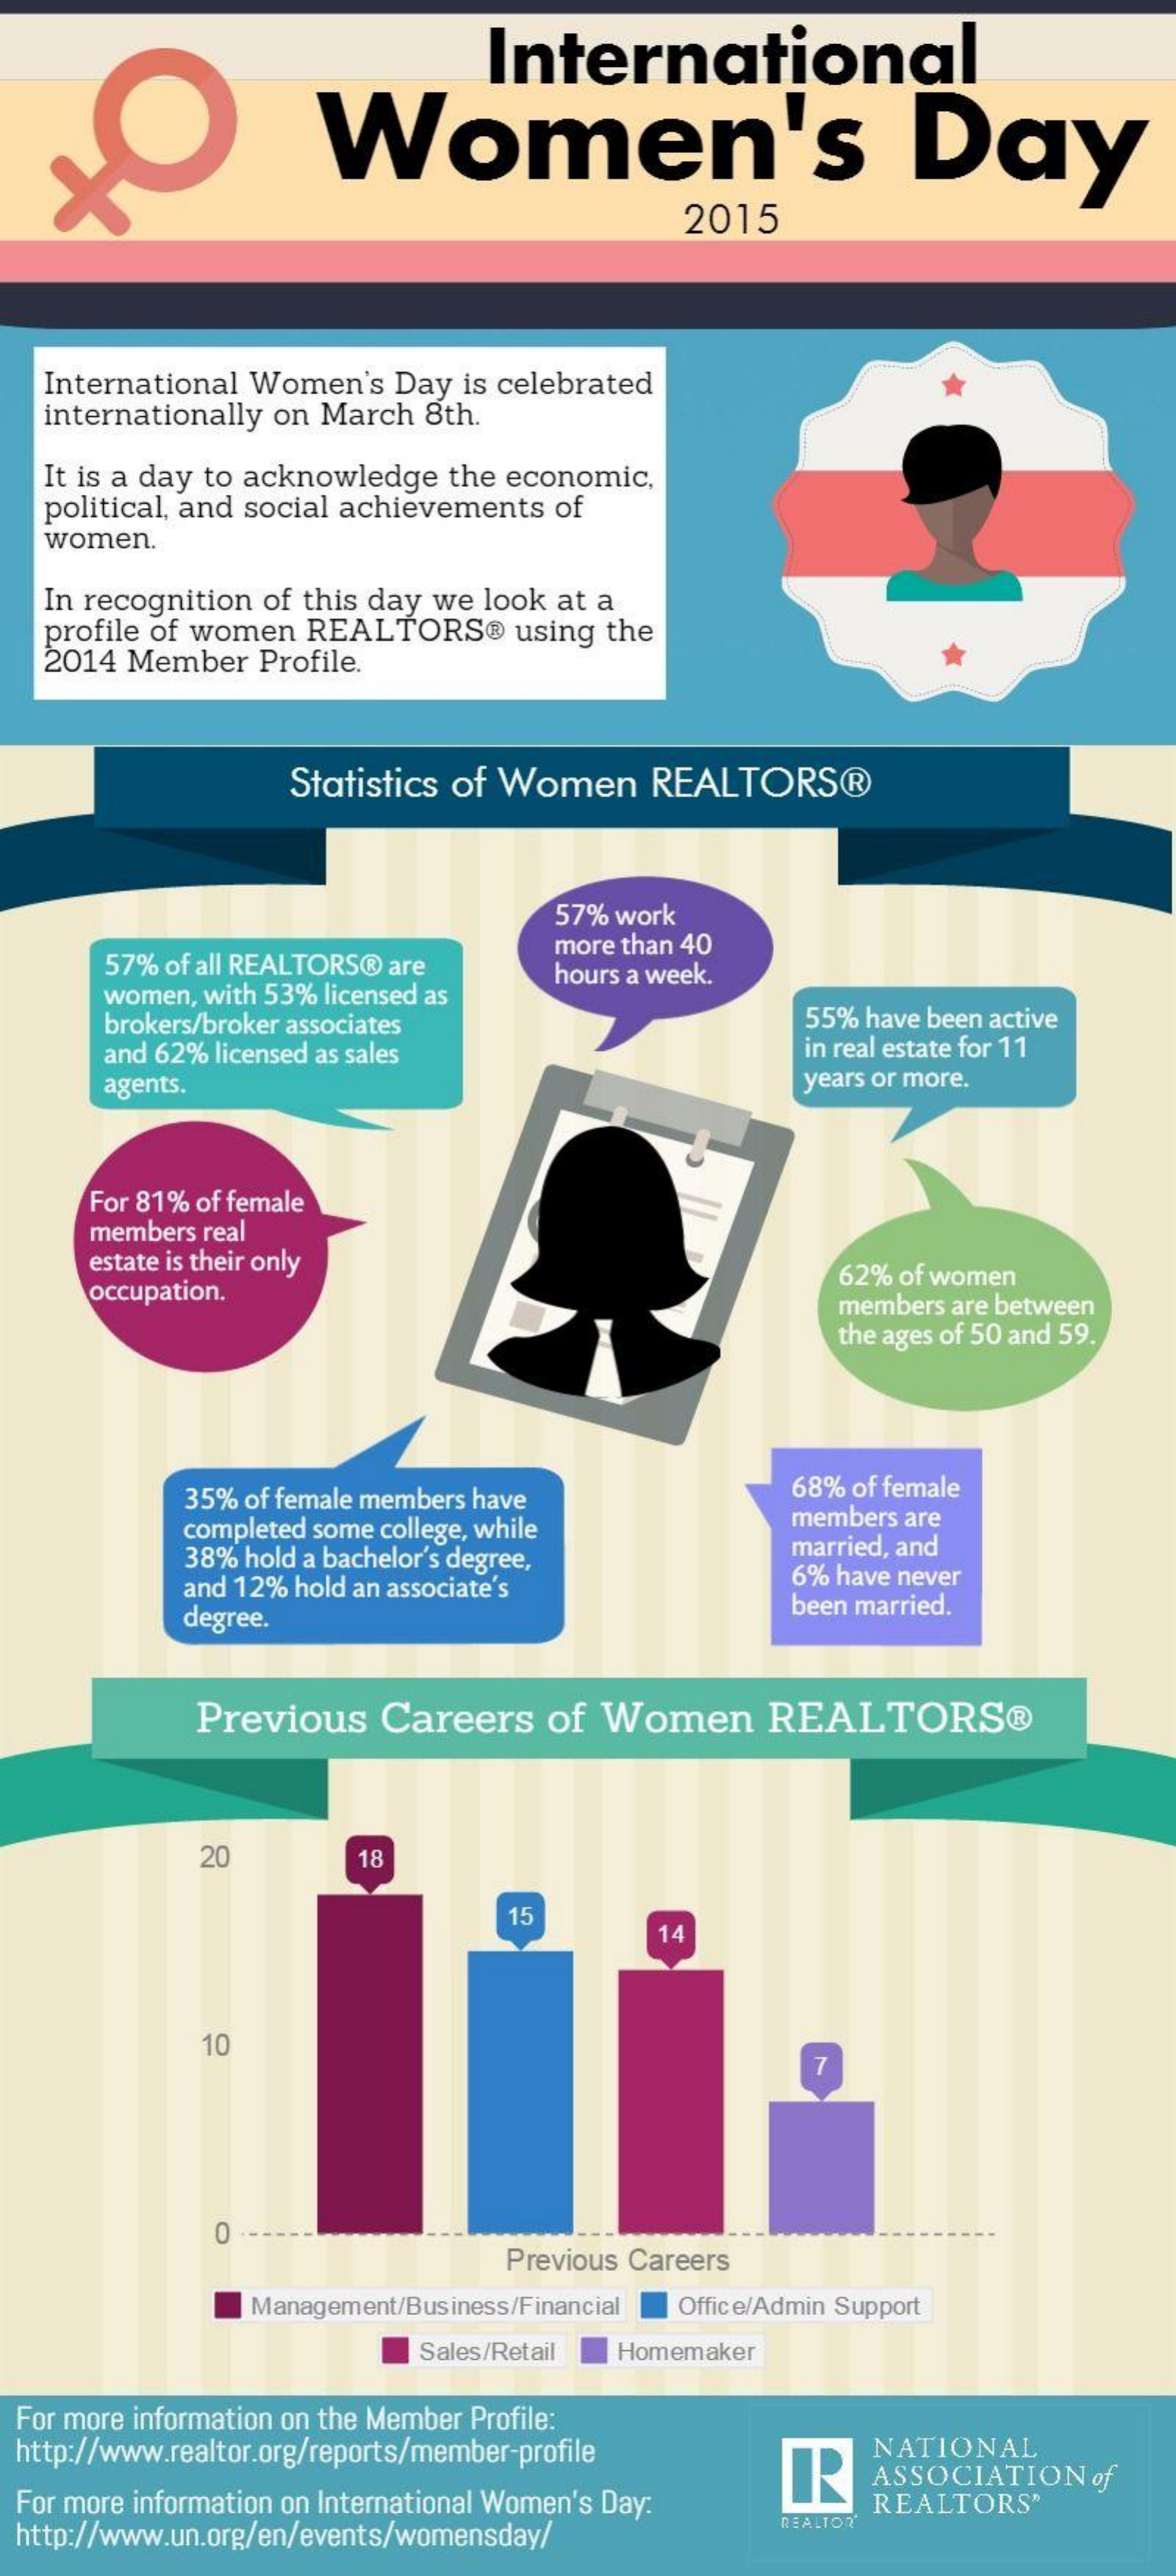
International
     Women's    Day
     2015
   International Women's Day is celebrated
   internationally on March 8th.
   It is a day to acknowledge the economic,
   political, and social achievements of
   women.
   In recognition of this day we look at a
   profile of women REALTORS® using the
   2014 Member Profile.
     Statistics of Women REALTORS®
     57% work
     57% of all REALTORS® are
     more than 40
     women, with 53% licensed as
     hours a week.
     brokers/broker associates    55% have been active
     and 62% licensed as sales    in real estate for 11
     agents.    years or more.
     For 81% of female
     members real
     estate is their only
     occupation.
     62% of women
     members are between
     the ages of 50 and 59.
     35% of female members have    68% of female
     completed some college, while  members are
     38% hold a bachelor's degree,  married, and
     and 12% hold an associate's    6% have never
     degree.
     been married.
     Previous  Careers  of Women   REALTORS®
     20    18
     15
     14
     10
     0
     Previous Careers
     Management/Business/Financial Office/Admin Support
     Sales/Retail Homemaker
  For more information on the Member Profile:
  http://www.realtor.org/reports/member-profile NATIONAL
  For more information on International Women's Day:
     ASSOCIATION of
     REALTORS"
  http://www.un.org/en/events/womensday/
     REALTOR'